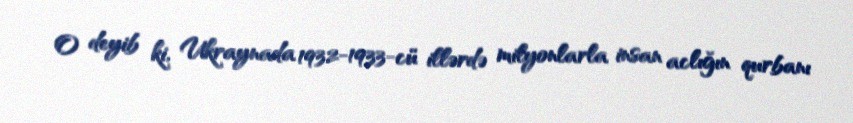
O deyib ki, Ukraynada 1932-1933-cü illərdə milyonlarla insan aclığın qurbanı